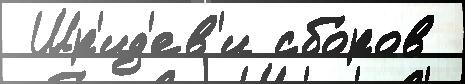
 Шр'ид'ев'и сбо́ров